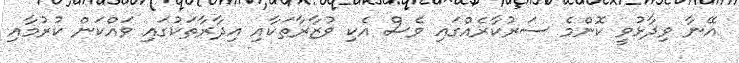
އޭނާ ވިދާޅުވީ ކޮންމެ ސަރުކާރެއްގައި ވެސް އެކި ވުޒާރާތަކާއި އިދާރާތަކުގައި ވައްކަން ކުރުމާއި